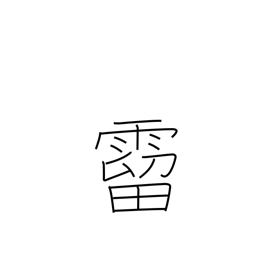
Meaning: raindrops falling from the eaves